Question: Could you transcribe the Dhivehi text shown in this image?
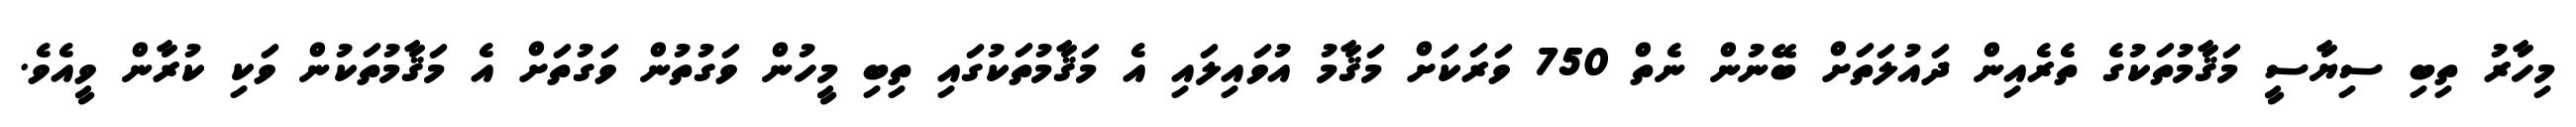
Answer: މިހާރު ތިބި ސިޔާސީ މަޤާމުތަކުގެ ތެރެއިން ދައުލަތަށް ބޭނުން ނެތް 750 ވަރަކަށް މަޤާމު އުވައިލައި އެ މަޤާމުތަކުގައި ތިބި މީހުން ވަގުތުން ވަގުތަށް އެ މަޤާމުތަކުން ވަކި ކުރާން ވީއެވެ.